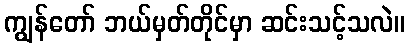
ကျွန်တော် ဘယ်မှတ်တိုင်မှာ ဆင်းသင့်သလဲ။